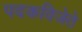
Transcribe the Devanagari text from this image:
पदकविजेते